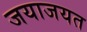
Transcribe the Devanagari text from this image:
जयाजयत